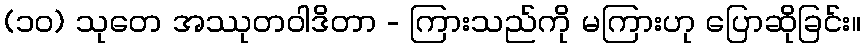
(၁၀) သုတေ အဿုတဝါဒိတာ - ကြားသည်ကို မကြားဟု ပြောဆိုခြင်း။